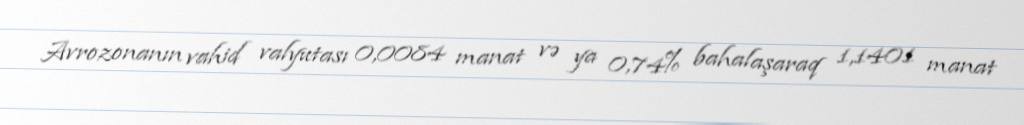
Avrozonanın vahid valyutası 0,0084 manat və ya 0,74% bahalaşaraq 1,1401 manat